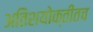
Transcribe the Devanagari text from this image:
अतिशयोक्तींतच